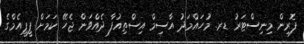
ފޮރިން މިނިސްޓަރު ޑރ. މުހައްމަދު އާސިމް އިސްތިއުފާ ދެއްވަން ޖެހޭ ކަމަށް ޕީޕީއެމްގެ